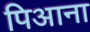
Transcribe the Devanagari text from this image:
पिआना